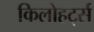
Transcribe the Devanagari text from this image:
किलोहर्ट्स